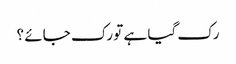
رک گیا ہے تو رک جائے ؟